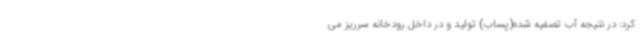
کرد: در نتیجه آب تصفیه شده(پساب) تولید و در داخل رودخانه سرریز می